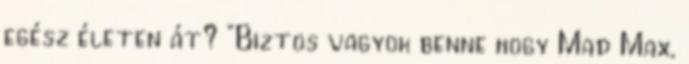
egész életen át? "Biztos vagyok benne hogy Mad Max,